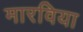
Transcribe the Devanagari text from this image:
मारविया